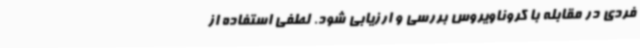
فردی در مقابله با کروناویروس بررسی و ارزیابی شود. لطفی استفاده از